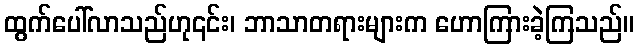
ထွက်ပေါ်လာသည်ဟု၎င်း၊ ဘာသာတရားများက ဟောကြားခဲ့ကြသည်။